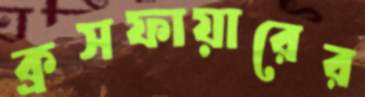
ক্রসফায়ারের